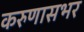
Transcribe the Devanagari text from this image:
करुणासभर